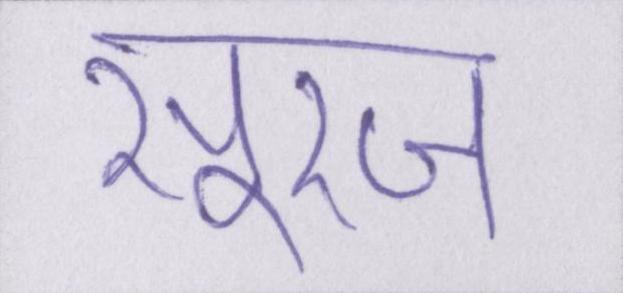
सूरज